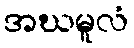
အဃမူလံ